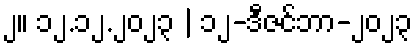
၂။ ၁၂.၁၂.၂၀၂၃ | ၁၂-ဒီဇင်ဘာ-၂၀၂၃